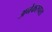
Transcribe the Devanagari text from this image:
अनेकरुपता